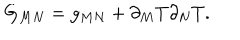
LaTeX: G _ { M N } = g _ { M N } + \partial _ { M } T \partial _ { N } T .